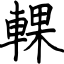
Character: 輠